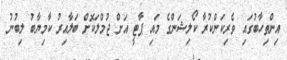
އިންތިހާބުގައި ވެރިކަންކުރާ ކޯލިޝަންގެ މައި ޕާޓީ އަށް ޖުމްލަކޮށް ބަލާއިރު ކާމިޔާބު ލިބުނު